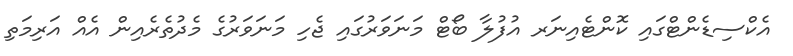
އެކްސިޑެންޓްގައި ކޮންޓެއިނަރ އުފުލާ ބޯޓް މަނަވަރުގައި ޖެހި މަނަވަރުގެ މެދުތެރެއިން އެއް އަރިމަތި